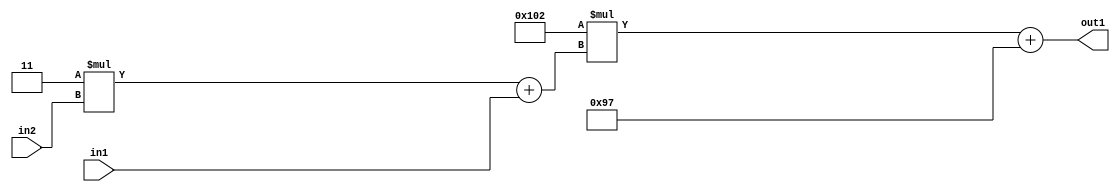
`timescale 1ps / 1ps
/*****************************************************************************
    Verilog RTL Description
    
    
    Created by: Stratus DpOpt 2019.1.01 
*******************************************************************************/

module DC_Filter_Add2i151Mul2i258Add2u1Mul2i3u2_1 (
	in2,
	in1,
	out1
	); /* architecture "behavioural" */ 
input [1:0] in2;
input  in1;
output [11:0] out1;
wire [11:0] asc001;
wire [3:0] asc002;

wire [3:0] asc002_tmp_0;
assign asc002_tmp_0 = 
	+(4'B0011 * in2);
assign asc002 = asc002_tmp_0
	+(in1);

wire [11:0] asc001_tmp_1;
assign asc001_tmp_1 = 
	+(12'B000100000010 * asc002);
assign asc001 = asc001_tmp_1
	+(12'B000010010111);

assign out1 = asc001;
endmodule

/* CADENCE  v7X2Sgs= : u9/ySgnWtBlWxVPRXgAZ4Og= ** DO NOT EDIT THIS LINE ******/